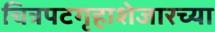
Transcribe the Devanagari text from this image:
चित्रपटगृहाशेजारच्या